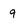
Character: 9